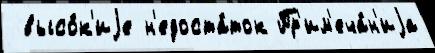
 высо́к'иjе н'едоста́ток Пр'им'еча́н'иjа